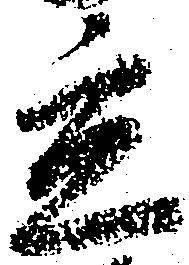
立